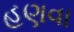
હણવા